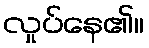
လှုပ်နေ၏။